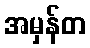
အမှန်တ